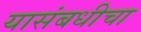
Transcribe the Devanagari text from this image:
यासंबधीचा